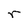
Character: r